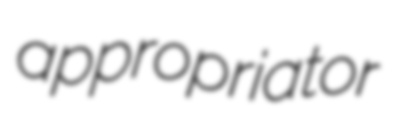
appropriator